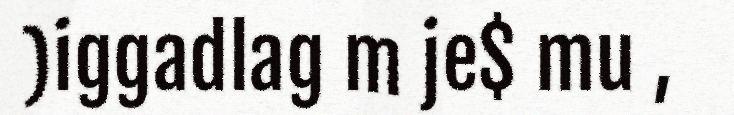
)iggadlag m je$ mu ,